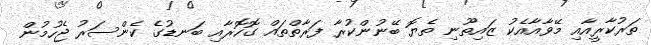
ތަރުކާރީއާއި މޭވާއާއެކު ޒައިތޫނި ތެޔޮ ބޭނުންކުރާ ފަރާތްތައް ގޮހޮރާއި ބަނޑުގެ ކެންސަރު ޖެހުމުން